Scottish Leaving Certificate Examination, 1959
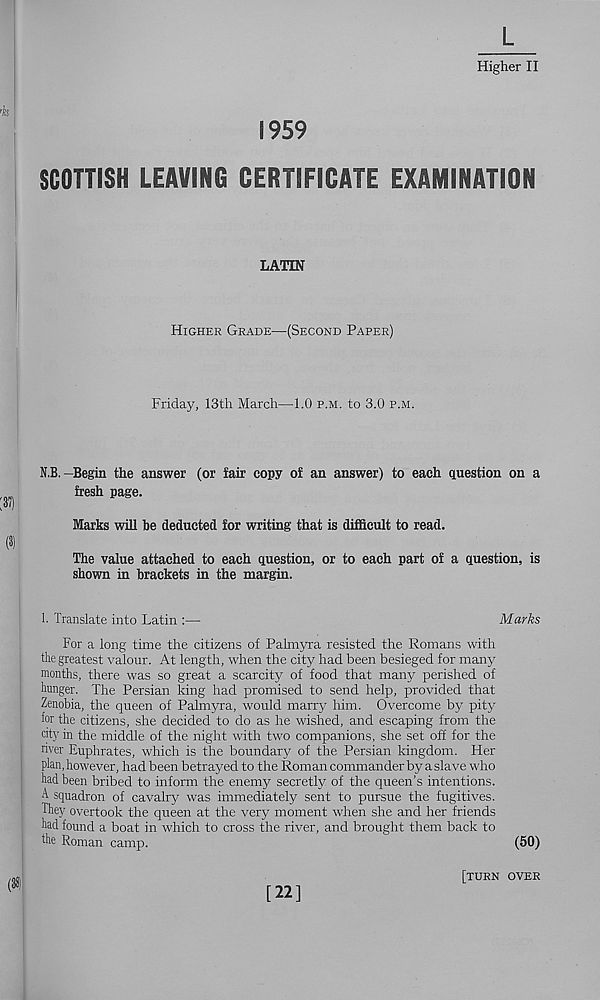
1959
L
Higher II
SCOTTISH LEAVING CERTIFICATE EXAMINATION
LATIN
Higher Grade—(Second Paper)
Friday, 13th March—1.0 p.m. to 3.0 p.m.
N.B.-Begin the answer (or fair copy of an answer) to each question on a
fresh page.
Marks will he deducted for writing that is difficult to read.
The value attached to each question, or to each part of a question, is
shown in brackets in the margin.
1. Translate into Latin :—
Marks
For a long time the citizens of Palmyra resisted the Romans with
the greatest valour. At length, when the city had been besieged for many
months, there was so great a scarcity of food that many perished of
hunger. The Persian king had promised to send help, provided that
Zenobia, the queen of Palmyra, would marry him. Overcome by pity
for the citizens, she decided to do as he wished, and escaping from the
city in the middle of the night with two companions, she set off for the
river Euphrates, which is the boundary of the Persian kingdom. Her
plan, however, had been betrayed to the Roman commander by a slave who
had been bribed to inform the enemy secretly of the queen’s intentions.
A squadron of cavalry was immediately sent to pursue the fugitives.
They overtook the queen at the very moment when she and her friends
had found a boat in which to cross the river, and brought them back to
the Roman camp.
(50)
[22]
[turn over